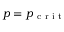
p = p _ { \mathrm { ~ c ~ r ~ i ~ t ~ } }